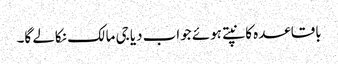
باقاعدہ کانپتے ہوئے جواب دیا جی مالک نکالے گا۔